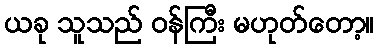
ယခု သူသည် ဝန်ကြီး မဟုတ်တော့။